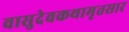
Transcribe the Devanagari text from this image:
वासुदेवकथामृतसार